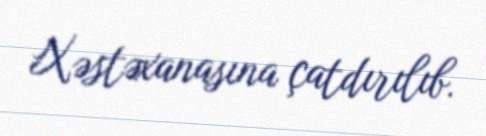
Xəstəxanasına çatdırılıb.